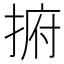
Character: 捬